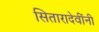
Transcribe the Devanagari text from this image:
सितारादेवींनी